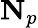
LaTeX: \mathbf{N}_{p}